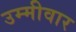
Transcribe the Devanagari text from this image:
उम्मीवार